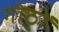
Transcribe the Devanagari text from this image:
गोठों